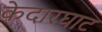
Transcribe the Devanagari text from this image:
केदारघाट